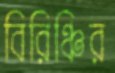
বিরিঞ্চির